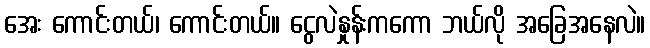
အေး ကောင်းတယ်၊ ကောင်းတယ်။ ငွေလဲနှုန်းကကော ဘယ်လို အခြေအနေလဲ။